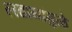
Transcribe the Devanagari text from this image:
लढायांमुळे